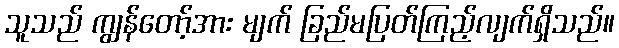
သူသည် ကျွန်တော့်အား မျက် ခြည်မပြတ်ကြည့်လျက်ရှိသည်။